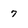
Character: 7